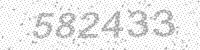
Solution: 582433